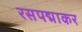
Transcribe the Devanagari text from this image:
रसपद्माकर